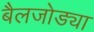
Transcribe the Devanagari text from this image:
बैलजोड्या